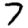
Digit: 7